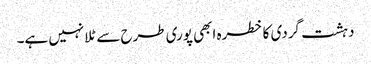
دہشت گردی کا خطرہ ابھی پوری طرح سے ٹلا نہیں ہے۔